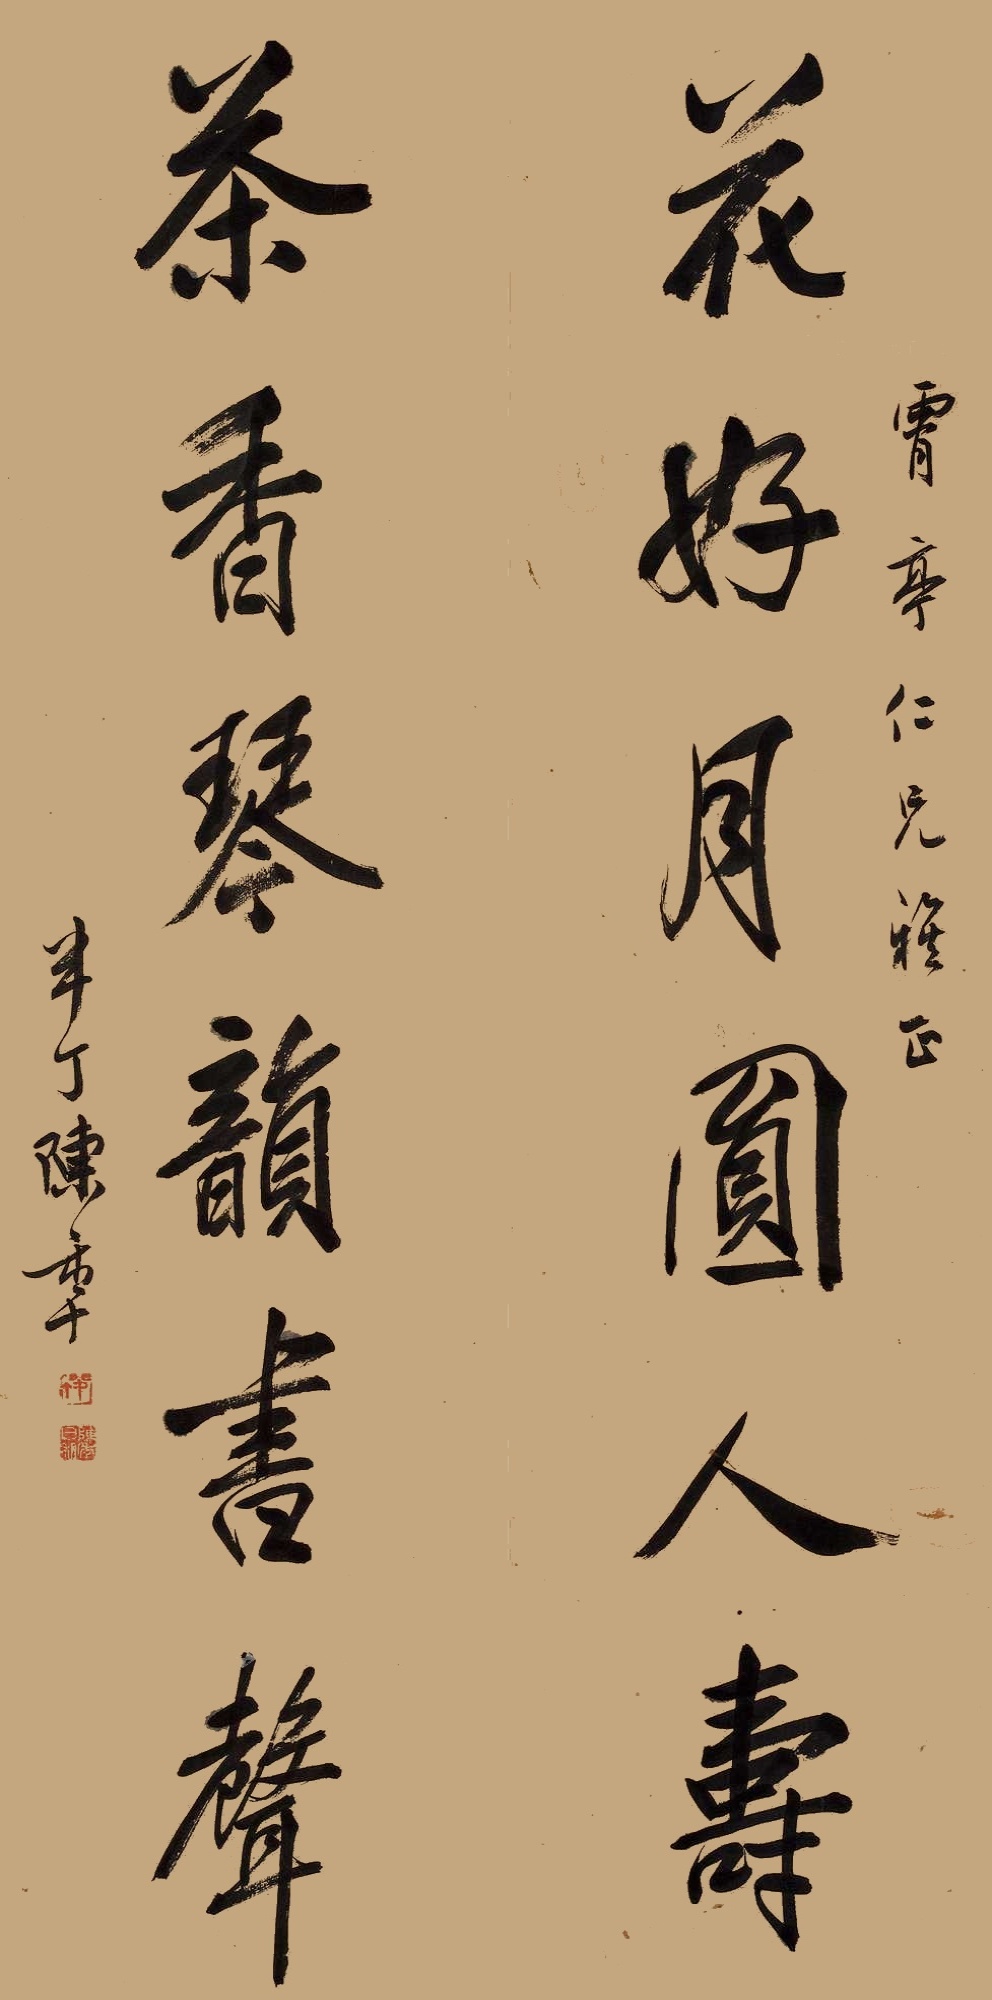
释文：花好月圆人寿，茶香琴韵书声。霄亭仁兄雅正，半丁陈年。